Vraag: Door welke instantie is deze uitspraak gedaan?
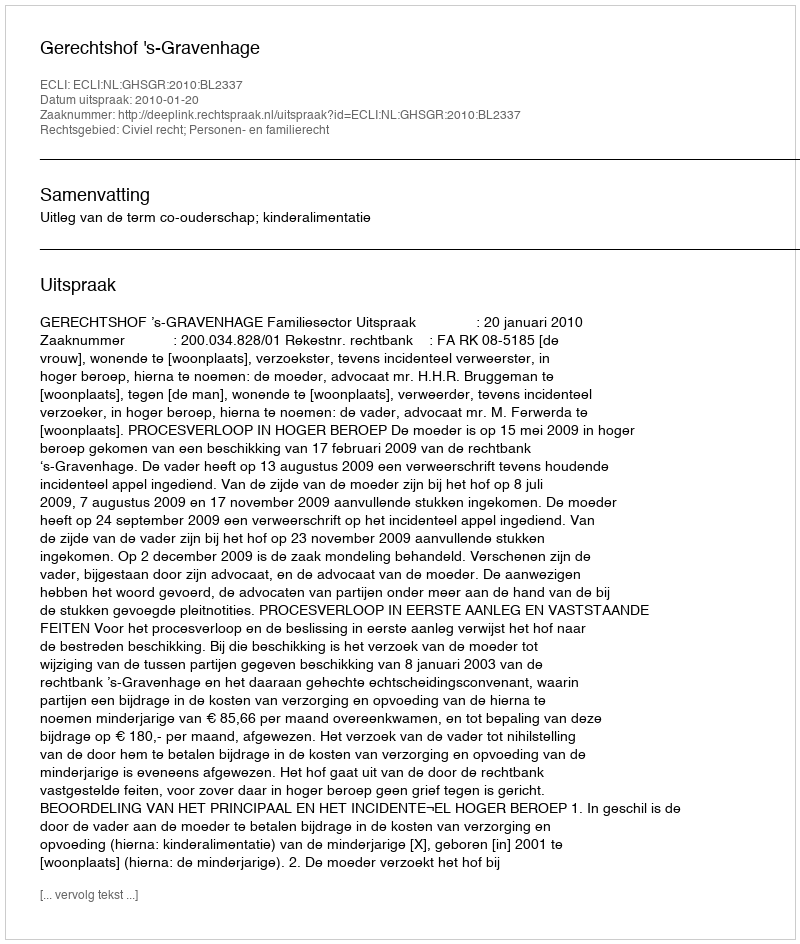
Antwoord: Gerechtshof 's-Gravenhage